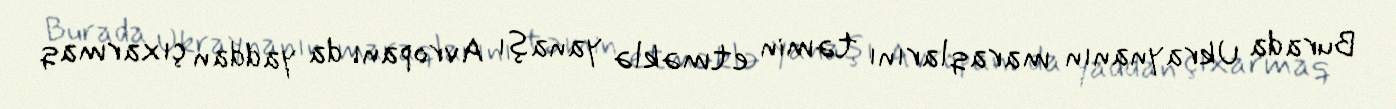
Burada Ukraynanın maraqlarını təmin etməklə yanaşı Avropanı da yaddan çıxarmaq